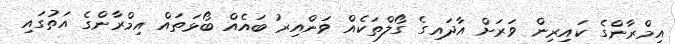
އިމްރާންގެ ކައިރިން ވަރަށް އާދައިގެ ގޯލްތަކެއް ވަންއިރު ބައެއް ބޯޅަަތައް އިމްރާންގެ އަތުގައި